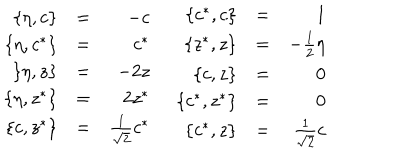
LaTeX: \begin{array} { r c r } { { \{ \eta , c \} } } & { { = } } & { { - c } } \\ { { \{ \eta , c ^ { * } \} } } & { { = } } & { { c ^ { * } } } \\ { { \{ \eta , z \} } } & { { = } } & { { - 2 z } } \\ { { \{ \eta , z ^ { * } \} } } & { { = } } & { { 2 z ^ { * } } } \\ { { \{ c , z ^ { * } \} } } & { { = } } & { { \frac { 1 } { \sqrt { 2 } } c ^ { * } } } \\ \end{array} \; \begin{array} { r c r } { { \{ c ^ { * } , c \} } } & { { = } } & { { 1 } } \\ { { \{ z ^ { * } , z \} } } & { { = } } & { { - \frac { 1 } { 2 } \eta } } \\ { { \{ c , z \} } } & { { = } } & { { 0 } } \\ { { \{ c ^ { * } , z ^ { * } \} } } & { { = } } & { { 0 } } \\ { { \{ c ^ { * } , z \} } } & { { = } } & { { \frac { 1 } { \sqrt { 2 } } c } } \\ \end{array}